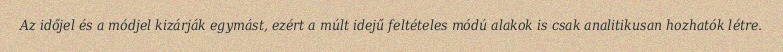
Az időjel és a módjel kizárják egymást, ezért a múlt idejű feltételes módú alakok is csak analitikusan hozhatók létre.